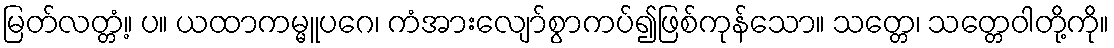
မြတ်လတ္တံ့။ ပ။ ယထာကမ္မူပဂေ၊ ကံအားလျော်စွာကပ်၍ဖြစ်ကုန်သော။ သတ္တေ၊ သတ္တေဝါတို့ကို။